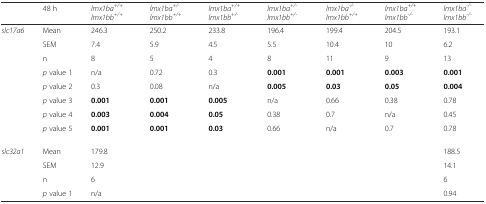
|  | 48 h | lmx1ba+/+lmx1bb+/+ | lmx1ba+/-lmx1bb+/+ | lmx1ba+/+lmx1bb+/- | lmx1ba+/-lmx1bb+/- | lmx1ba-/-lmx1bb+/+ | lmx1ba+/+lmx1bb-/- | lmx1ba-/-lmx1bb-/- |
 | --- | --- | --- | --- | --- | --- | --- | --- | --- |
 | <ROWSPAN=8> slc17a6 | Mean | 246.3 | 250.2 | 233.8 | 196.4 | 199.4 | 204.5 | 193.1 |
 | SEM | 7.4 | 5.9 | 4.5 | 5.5 | 10.4 | 10 | 6.2 |
 | n | 8 | 5 | 4 | 8 | 11 | 9 | 13 |
 | p value 1 | n/a | 0.72 | 0.3 | 0.001 | 0.001 | 0.003 | 0.001 |
 | p value 2 | 0.3 | 0.08 | n/a | 0.005 | 0.03 | 0.05 | 0.004 |
 | p value 3 | 0.001 | 0.001 | 0.005 | n/a | 0.66 | 0.38 | 0.78 |
 | p value 4 | 0.003 | 0.004 | 0.05 | 0.38 | 0.7 | n/a | 0.45 |
 | p value 5 | 0.001 | 0.001 | 0.03 | 0.66 | n/a | 0.7 | 0.78 |
 | <ROWSPAN=4> slc32a1 | Mean | 179.8 |  |  |  |  |  | 188.5 |
 | SEM | 12.9 |  |  |  |  |  | 14.1 |
 | n | 6 |  |  |  |  |  | 6 |
 | p value 1 | n/a |  |  |  |  |  | 0.94 |